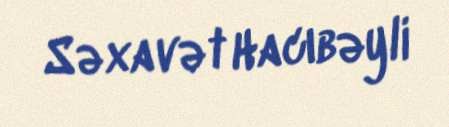
Səxavət Hacıbəyli